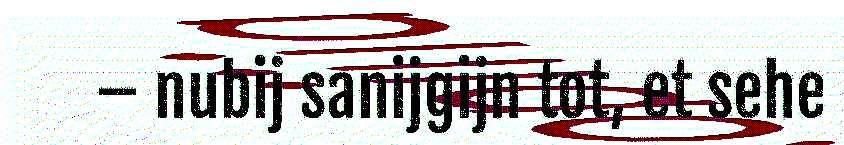
– nubij sanijgijn tot, et sehe